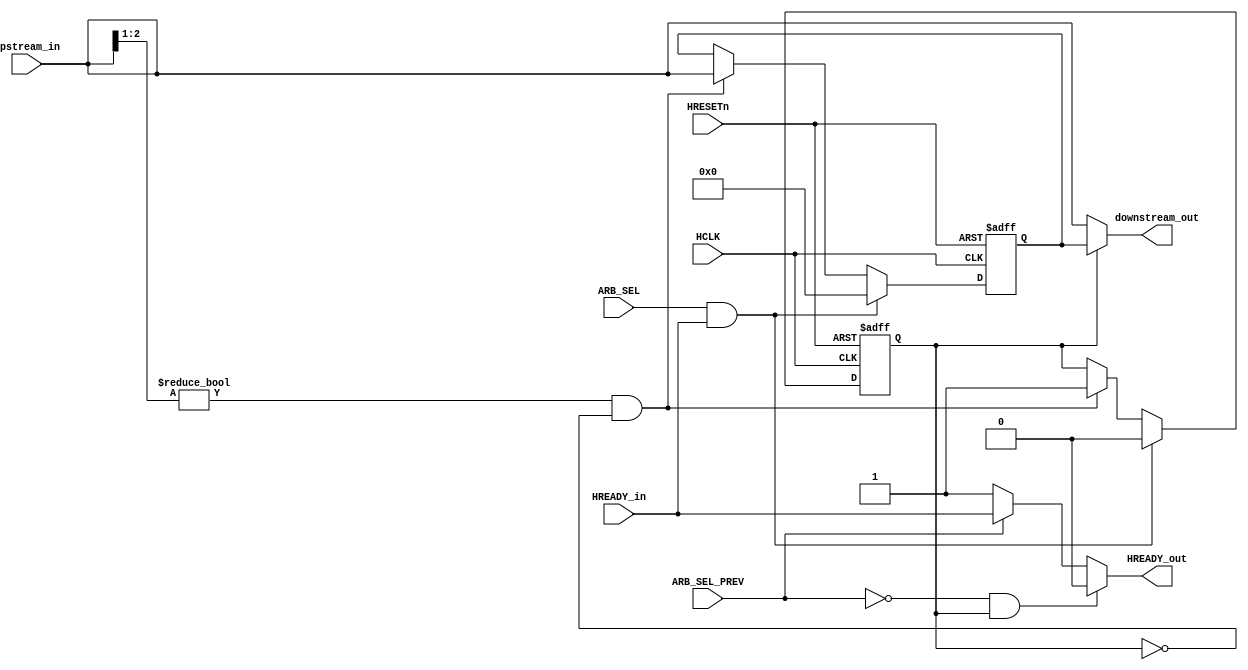
module aphase_cache (
	HCLK,
	HRESETn,
	ARB_SEL,
	ARB_SEL_PREV,
	HREADY_in,
	HREADY_out,
	upstream_in,
	downstream_out
);
	input HCLK;
	input HRESETn;
	input ARB_SEL;
	input ARB_SEL_PREV;
	input HREADY_in;
	output reg HREADY_out;
	input wire [45:0] upstream_in;
	output wire [45:0] downstream_out;
	reg valid;
	reg valid_n;
	reg [45:0] cache;
	reg [45:0] cache_n;
	always @(posedge HCLK or negedge HRESETn)
		if (!HRESETn) begin
			valid <= 1'b0;
			cache <= {46 {1'sb0}};
		end
		else begin
			valid <= valid_n;
			cache <= cache_n;
		end
	localparam ahbl_bus_mux_defines_IDLE = 2'b00;
	always @(*) begin : APHASE
		if (ARB_SEL && HREADY_in) begin
			valid_n = 'b0;
			cache_n = {46 {1'sb0}};
		end
		else if ((upstream_in[2-:2] != ahbl_bus_mux_defines_IDLE) && !valid) begin
			valid_n = 'b1;
			cache_n = upstream_in;
		end
		else begin
			cache_n = cache;
			valid_n = valid;
		end
	end
	always @(*) begin : SELECT
		if (!ARB_SEL_PREV && valid)
			HREADY_out = 1'b0;
		else if (ARB_SEL_PREV)
			HREADY_out = HREADY_in;
		else
			HREADY_out = 1'b1;
	end
	assign downstream_out = (valid ? cache : upstream_in);
endmodule